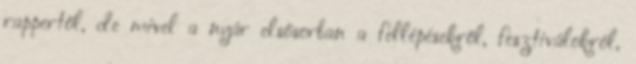
rappertől, de mivel a nyár elsősorban a fellépésekről, fesztiválokról,